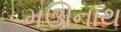
મઊનાથ